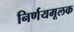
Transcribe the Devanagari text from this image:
निर्णयमूलक